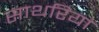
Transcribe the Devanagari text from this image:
साथरियां